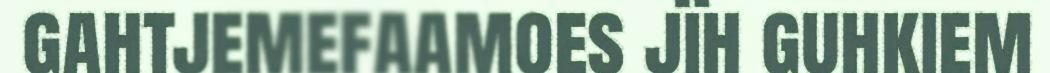
gahtjemefaamoes jïh guhkiem